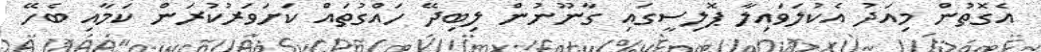
އެގޮތުން މިއަދު އެކުލަވައިލާ ޕޮލިސީގައި ގާނޫނުން ލިބިދޭ ހައްގުތައް ކަށަވަރުކުރަން ކަމާއި ބެހޭ